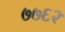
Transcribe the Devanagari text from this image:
७७६२